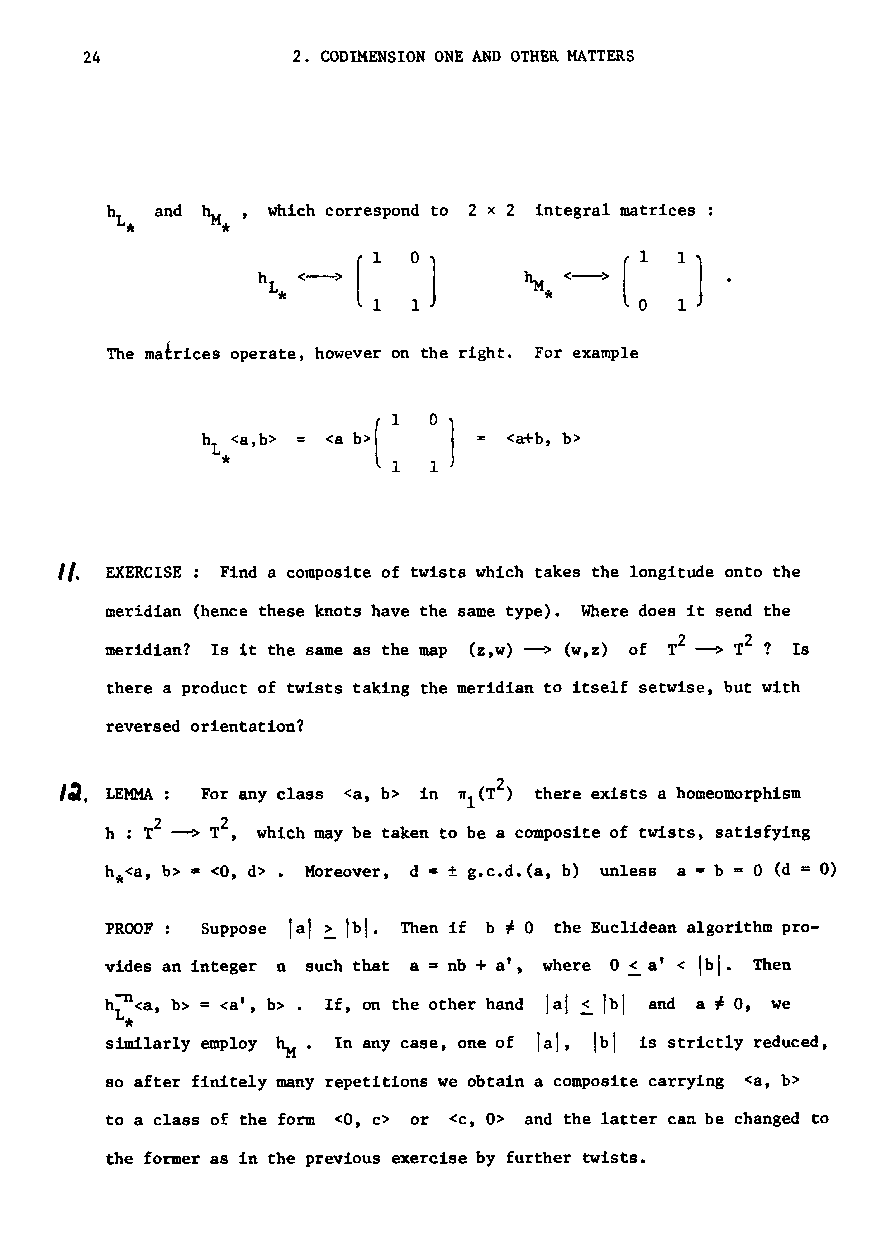
24           2. CODIMENSION ONE AND OTHER MATTERS
 h  and \i' which correspond to 2 x 2 integral matrices :
 L *    *         : :                 :
 )        <-~      )
 h L <--~ (        \i.   ( :
 *
 The mafrices operate, however on the right. For example
 o
 h <a,b>              <a+b, b>
 L
 *            1
 II. EXERCISE Find a composite of twists which takes the longitude onto the
 meridian (hence these knots have the same type). Where does it send the
 2   2
 meridian? Is it the same as the map (z,w) --> (w,z) of T --> T ? Is
 there a product of twists taking the meridian to itself setwise, but with
 reversed orientation?
 I~. LEMMA: For any class <at b> in 'JT1(T2) there exists a homeomorphism
 2 ~  2
 h : T  T , which may be taken to be a composite of twists, satisfying
 h.<a, b> = <0, d>. Moreover, d =± g.c.d.(a, b) unless a =b = 0 (d = 0)
 PROOF : Suppose lal ~ Ibl· Then if b ~ 0 the Euclidean algorithm pro-
 vides an integer n such that a = nb + a', where o < a' < Ibl· Then
 h- Ln<a, b> = <a', b> • If, on the other hand lal ~ fbi and a ~ 0, we
 *
 similarly employ ~. In any case, one of lal, Ib1 is strictly reduced,
 so after finitely many repetitions we obtain a composite carrying <a, b>
 to a class of the form <0, c> or <c, 0> and the latter can be changed to
 the former as in the previous exercise by further twists.